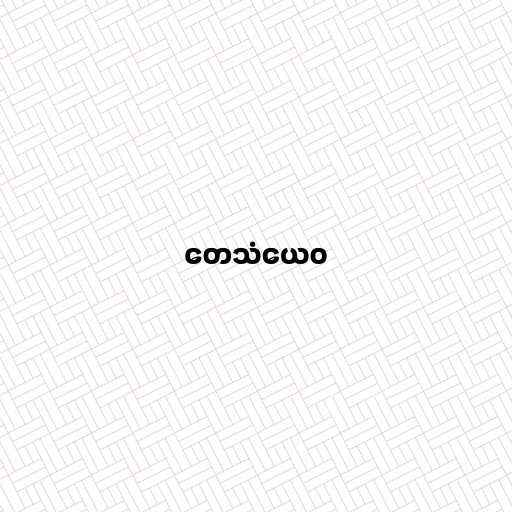
တေသံယေဝ